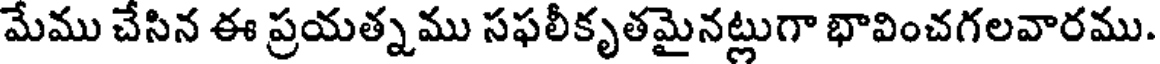
మేము చేసిన ఈ ప్రయత్నము సఫలీకృతమైనట్లుగా భావించగలవారము.